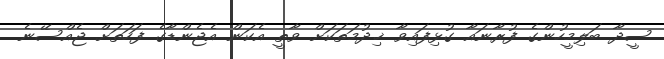
ސީދާ ބަލިމީހުންގެ ފުރާނައާ ގުޅިފައިވާ ޚިދުމަތަކަށް ވާތީ އެކަން އެޖެންޑާގެ ފަހަތަށް ޖެއްސޭނެ